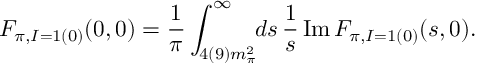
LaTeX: F _ { \pi , I = 1 ( 0 ) } ( 0 , 0 ) = \frac { 1 } { \pi } \int _ { 4 ( 9 ) m _ { \pi } ^ { 2 } } ^ { \infty } \! \! d s \, \frac { 1 } { s } \, \mathrm { I m } \, F _ { \pi , I = 1 ( 0 ) } ( s , 0 ) .